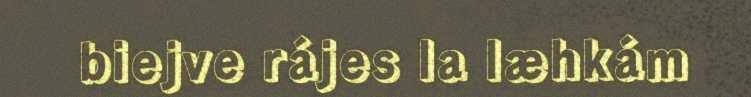
biejve rájes la læhkám